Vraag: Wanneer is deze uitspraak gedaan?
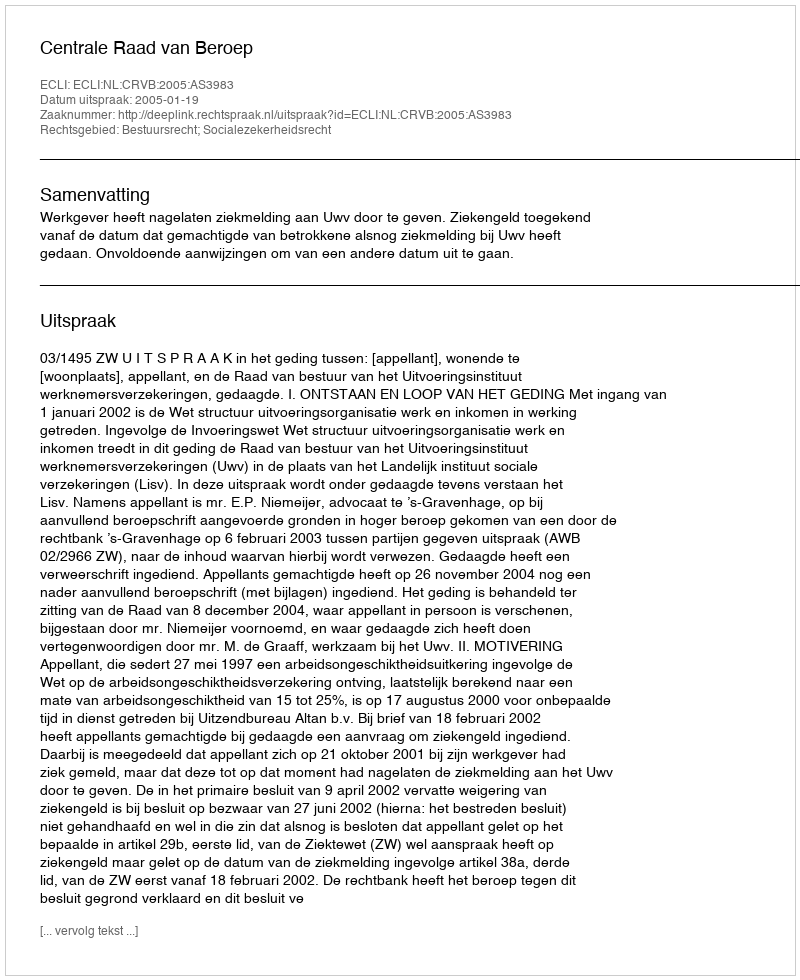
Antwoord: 2005-01-19